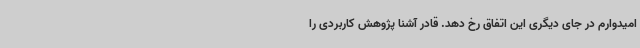
امیدوارم در جای دیگری این اتفاق رخ دهد. قادر آشنا پژوهش کاربردی را